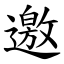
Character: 邀